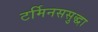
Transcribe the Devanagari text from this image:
टर्मिनससुद्धा